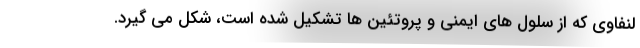
لنفاوی که از سلول های ایمنی و پروتئین ها تشکیل شده است، شکل می گیرد.